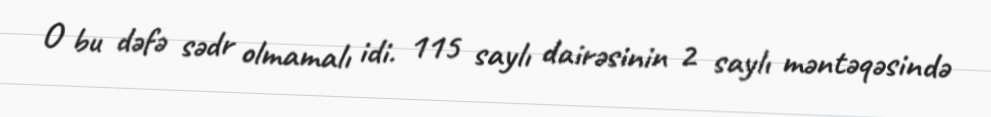
O bu dəfə sədr olmamalı idi. 115 saylı dairəsinin 2 saylı məntəqəsində